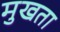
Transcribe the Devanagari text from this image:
मुखता